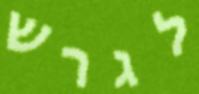
לגרש